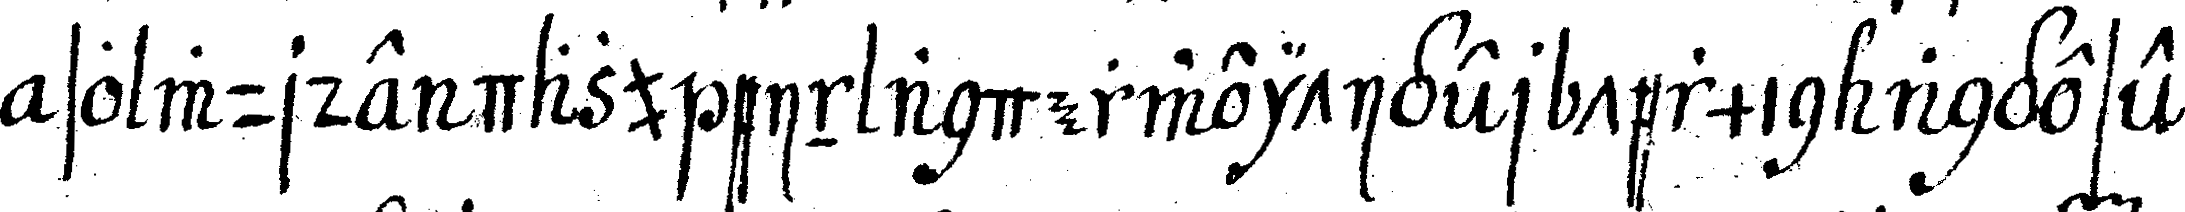
so wurde dazu ein anderweitiger termin angese